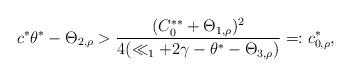
LaTeX: \begin{align*}c^*\theta^*-\Theta_{2,\rho}>\frac{(C^{**}_0+\Theta_{1,\rho})^2}{4(\ll_1+2\gamma-\theta^*-\Theta_{3,\rho})}=:c_{0,\rho}^*,\end{align*}